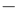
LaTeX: _-